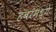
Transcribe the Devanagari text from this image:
हंबरमध्ये